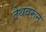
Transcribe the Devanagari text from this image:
तेथवरून